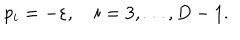
p _ { i } = - \varepsilon , \quad i = 3 , \ldots , D - 1 .